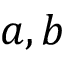
a , b